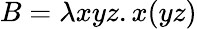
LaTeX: B=\lambda xyz.x(yz)